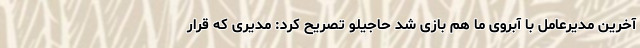
آخرین مدیرعامل با آبروی ما هم بازی شد حاجیلو تصریح کرد: مدیری که قرار